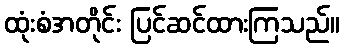
ထုံးစံအတိုင်း ပြင်ဆင်ထားကြသည်။